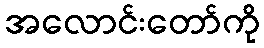
အလောင်းတော်ကို